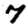
Digit: 7